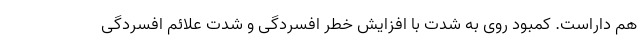
هم داراست. کمبود روی به شدت با افزایش خطر افسردگی و شدت علائم افسردگی